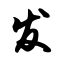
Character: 发